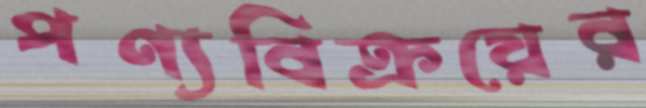
পণ্যবিক্রয়ের